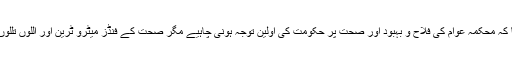
خدیجہ فاروقی نے کہا کہ محکمہ عوام کی فلاح و بہبود اور صحت پر حکومت کی اولین توجہ ہونی چاہیے مگر صحت کے فنڈز میٹرو ٹرین اور اللوں تللوں پر خرچ ہورہے ہیں ۔